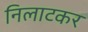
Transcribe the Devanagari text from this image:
निलाटकर